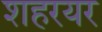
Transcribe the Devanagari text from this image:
शहरयर